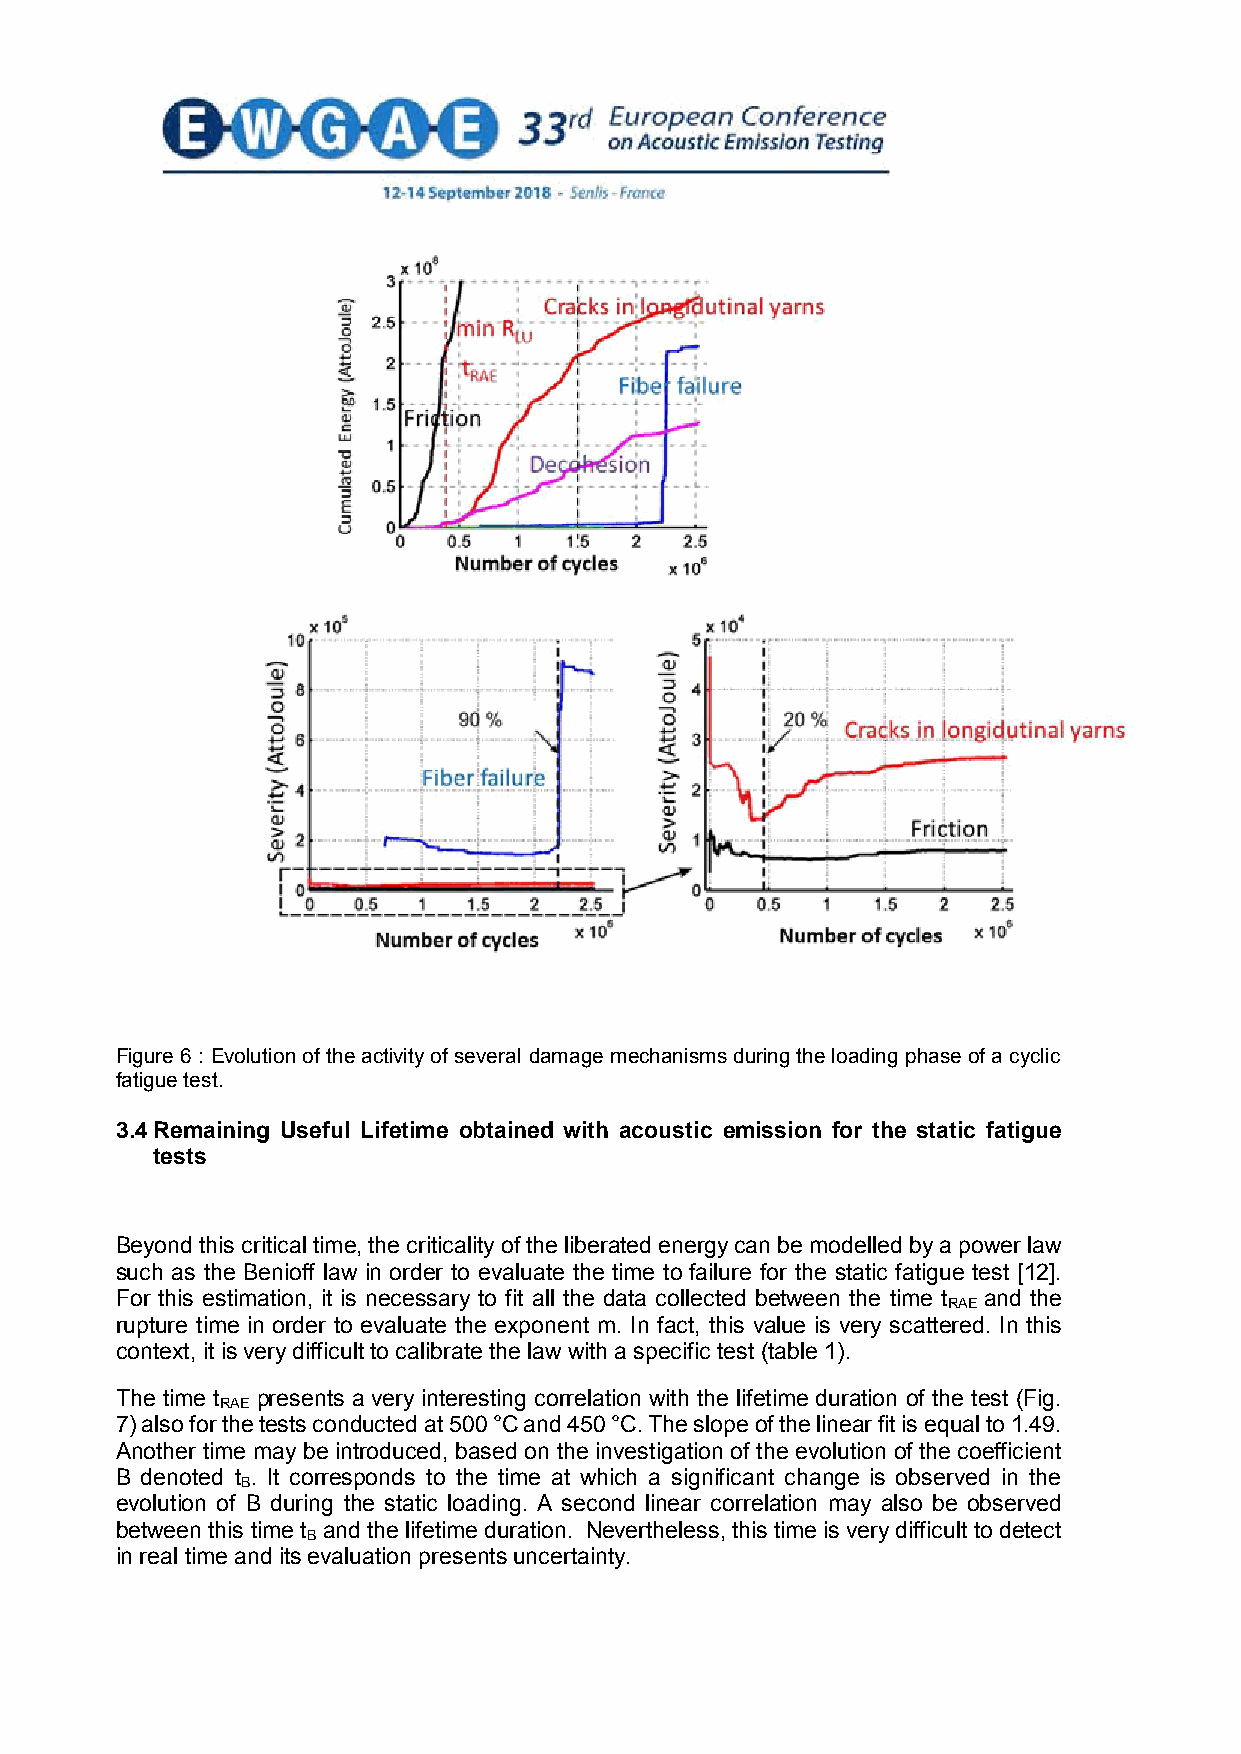
Figure 6 : Evolution of the activity of several damage mechanisms during the loading phase of a cyclic
 fatigue test.
 3.4 Remaining Useful Lifetime obtained with acoustic emission for the static fatigue
 tests
 Beyond this critical time, the criticality of the liberated energy can be modelled by a power law
 such as the Benioff law in order to evaluate the time to failure for the static fatigue test [12].
 For this estimation, it is necessary to fit all the data collected between the time t and the
 RAE
 rupture time in order to evaluate the exponent m. In fact, this value is very scattered. In this
 context, it is very difficult to calibrate the law with a specific test (table 1).
 The time t presents a very interesting correlation with the lifetime duration of the test (Fig.
 RAE
 7) also for the tests conducted at 500 °C and 450 °C. The slope of the linear fit is equal to 1.49.
 Another time may be introduced, based on the investigation of the evolution of the coefficient
 B denoted t . It corresponds to the time at which a significant change is observed in the
 B
 evolution of B during the static loading. A second linear correlation may also be observed
 between this time t and the lifetime duration. Nevertheless, this time is very difficult to detect
 B
 in real time and its evaluation presents uncertainty.
 12